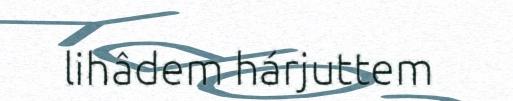
lihâdem hárjuttem